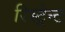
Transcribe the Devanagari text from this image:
रिस्ट्रेन्ट